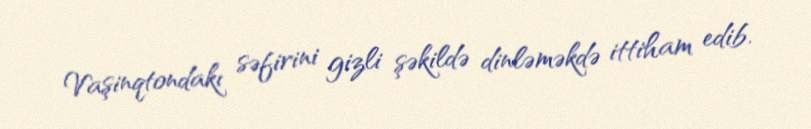
Vaşinqtondakı səfirini gizli şəkildə dinləməkdə ittiham edib.